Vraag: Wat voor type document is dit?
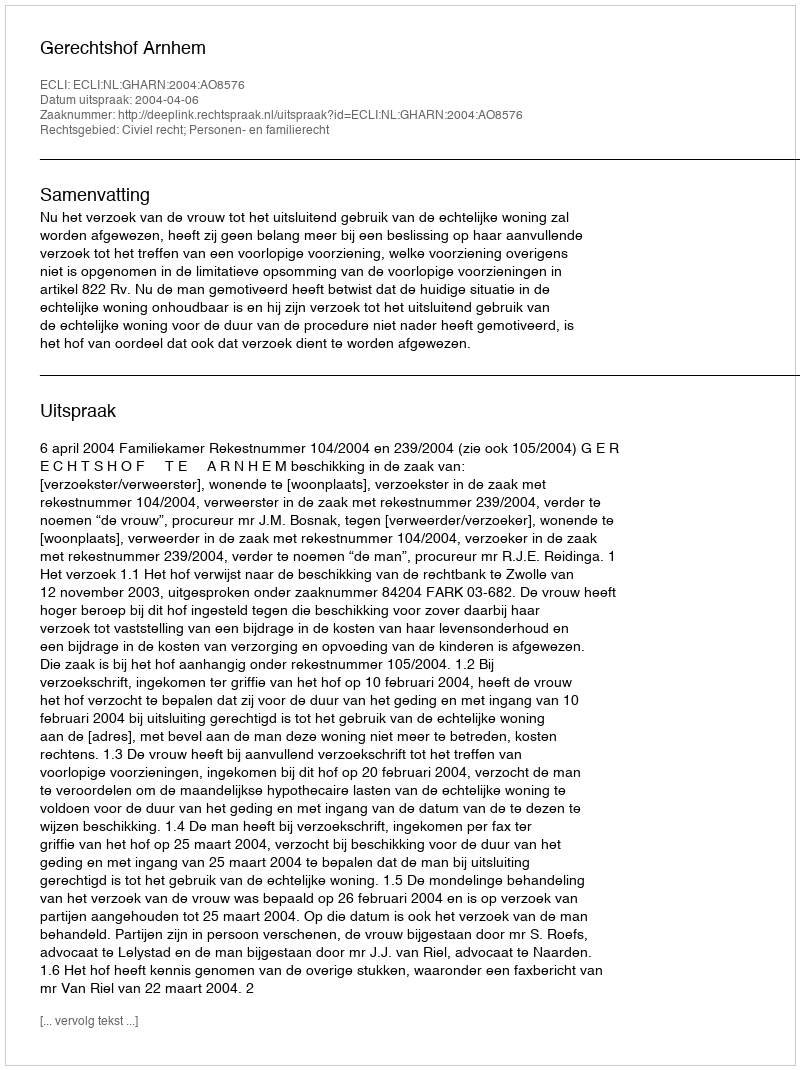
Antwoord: Uitspraak